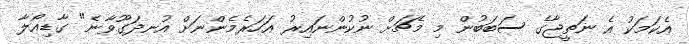
އެކަމަކު އެ ނަތީޖާގެ ސަބަބުން މި މެޗަށް ނުކުންނައިރު އަހަރެމެންނަށް އުނދަގޫވާނެ" ގާޑިއޯލާ